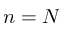
n = N